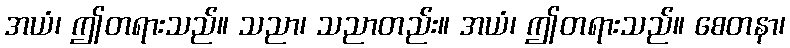
အယံ၊ ဤတရားသည်။ သညာ၊ သညာတည်း။ အယံ၊ ဤတရားသည်။ စေတနာ၊